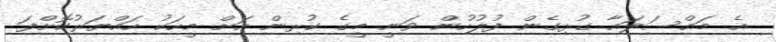
އެ މައްސަލައާ ގުޅިގެން ފުލުހުން ވަނީ މީގެ ކުރިން އަށް މީހަކު ހައްޔަރުކޮށްފަ